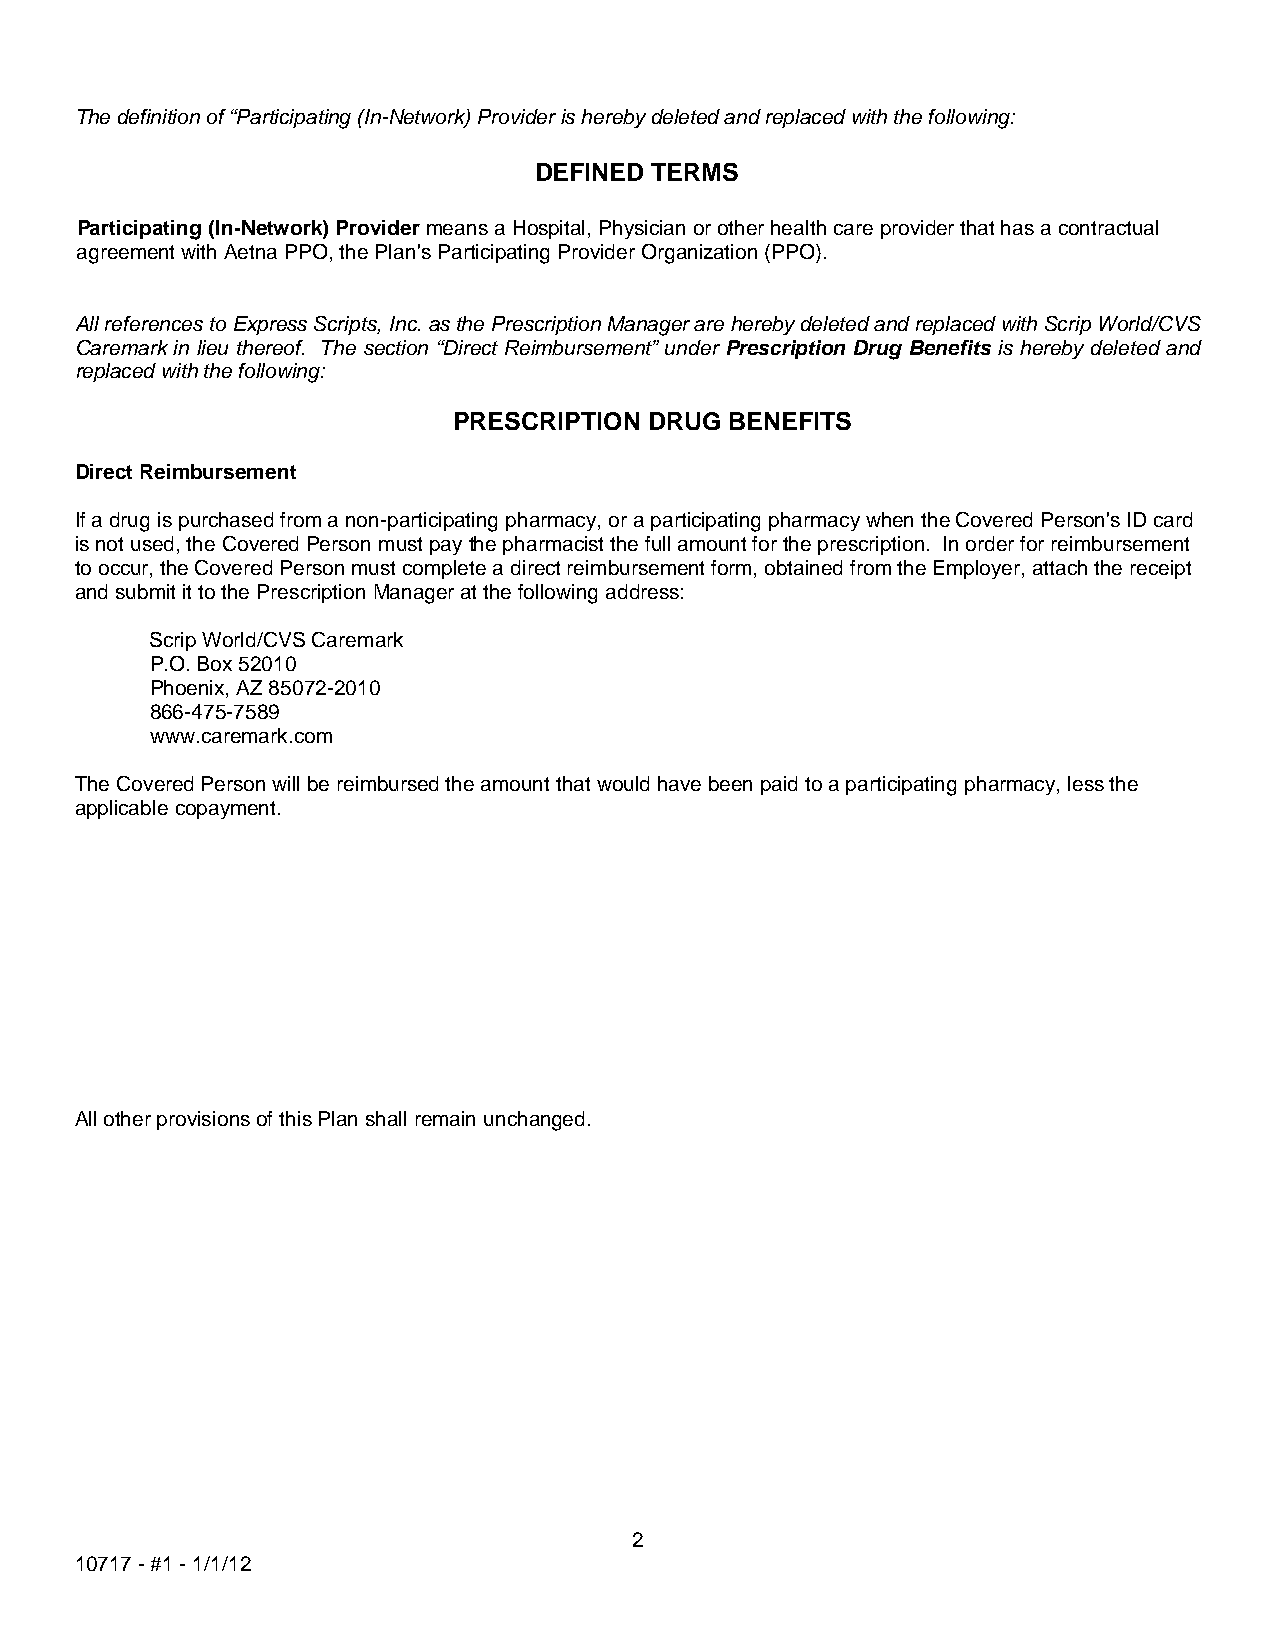
The definition of “Participating (In-Network) Provider is hereby deleted and replaced with the following:
 DEFINED TERMS
 Participating (In-Network) Provider means a Hospital, Physician or other health care provider that has a contractual
 agreement with Aetna PPO, the Plan's Participating Provider Organization (PPO).
 All references to Express Scripts, Inc. as the Prescription Manager are hereby deleted and replaced with Scrip World/CVS
 Caremark in lieu thereof. The section “Direct Reimbursement” under Prescription Drug Benefits is hereby deleted and
 replaced with the following:
 PRESCRIPTION DRUG BENEFITS
 Direct Reimbursement
 If a drug is purchased from a non-participating pharmacy, or a participating pharmacy when the Covered Person's ID card
 is not used, the Covered Person must pay the pharmacist the full amount for the prescription. In order for reimbursement
 to occur, the Covered Person must complete a direct reimbursement form, obtained from the Employer, attach the receipt
 and submit it to the Prescription Manager at the following address:
 Scrip World/CVS Caremark
 P.O. Box 52010
 Phoenix, AZ 85072-2010
 866-475-7589
 www.caremark.com
 The Covered Person will be reimbursed the amount that would have been paid to a participating pharmacy, less the
 applicable copayment.
 All other provisions of this Plan shall remain unchanged.
 2
 10717 - #1 - 1/1/12